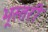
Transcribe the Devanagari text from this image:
भूस्तरी